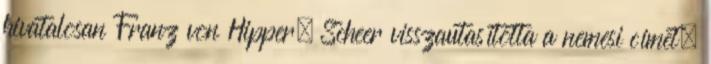
hivatalosan Franz von Hipper. Scheer visszautasította a nemesi címet.